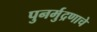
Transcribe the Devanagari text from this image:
पुनर्मुद्रणाचे